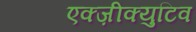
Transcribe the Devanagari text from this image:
एक्ज़ीक्युटिव